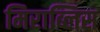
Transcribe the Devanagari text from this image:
मिराब्लिस